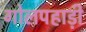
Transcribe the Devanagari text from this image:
गोलपहाड़ी